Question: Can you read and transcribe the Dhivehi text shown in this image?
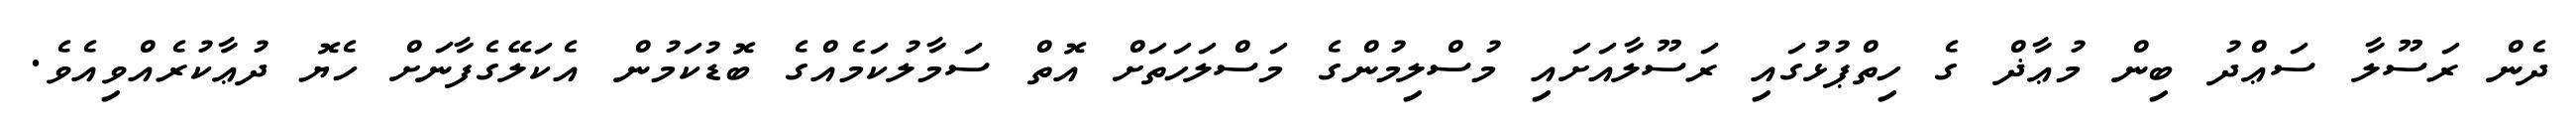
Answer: ދެން ރަސޫލާ ސަޢްދު ބިން މުޢާޛް ގެ ހިތްޕުޅުގައި ރަސޫލާއަށައި މުސްލިމުންގެ މަސްލަހަތަށް އޮތް ސަމާލުކަމެއްގެ ބޮޑުކަމުން އެކަލޭގެފާނަށް ހެޔޮ ދުޢާކުރެއްވިއެވެ.